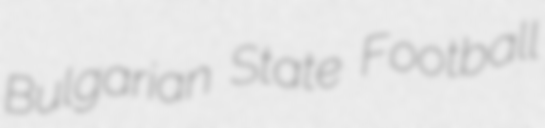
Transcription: Bulgarian State Football